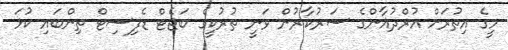
މީގެ އިތުރަށް އުރްދުޣާންގެ ސަރުކާރުން ވަނީ ތުރުކީގެ ބަޖެޓް ޑެފިސިޓް ތިންބައި ކުޅަ